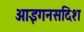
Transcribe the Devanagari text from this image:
आइगनसदिश